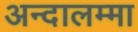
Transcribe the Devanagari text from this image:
अन्दालम्मा